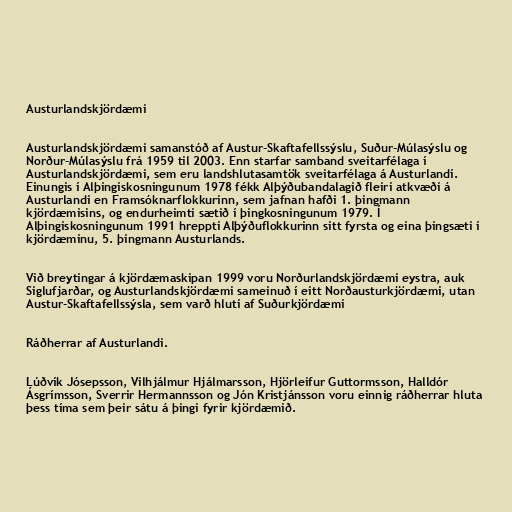
Austurlandskjördæmi

Austurlandskjördæmi samanstóð af Austur-Skaftafellssýslu, Suður-Múlasýslu og
Norður-Múlasýslu frá 1959 til 2003. Enn starfar samband sveitarfélaga í
Austurlandskjördæmi, sem eru landshlutasamtök sveitarfélaga á Austurlandi.
Einungis í Alþingiskosningunum 1978 fékk Alþýðubandalagið fleiri atkvæði á
Austurlandi en Framsóknarflokkurinn, sem jafnan hafði 1. þingmann
kjördæmisins, og endurheimti sætið í þingkosningunum 1979. Í
Alþingiskosningunum 1991 hreppti Alþýðuflokkurinn sitt fyrsta og eina þingsæti í
kjördæminu, 5. þingmann Austurlands.

Við breytingar á kjördæmaskipan 1999 voru Norðurlandskjördæmi eystra, auk
Siglufjarðar, og Austurlandskjördæmi sameinuð í eitt Norðausturkjördæmi, utan
Austur-Skaftafellssýsla, sem varð hluti af Suðurkjördæmi

Ráðherrar af Austurlandi.

Lúðvík Jósepsson, Vilhjálmur Hjálmarsson, Hjörleifur Guttormsson, Halldór
Ásgrímsson, Sverrir Hermannsson og Jón Kristjánsson voru einnig ráðherrar hluta
þess tíma sem þeir sátu á þingi fyrir kjördæmið.